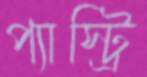
প্যাস্ট্রি